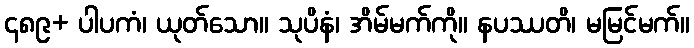
၄၈၉+ ပါပကံ၊ ယုတ်သော။ သုပိနံ၊ အိမ်မက်ကို။ နပဿတိ၊ မမြင်မက်။